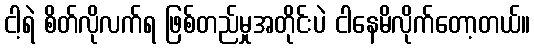
ငါ့ရဲ စိတ်လိုလက်ရ ဖြစ်တည်မှုအတိုင်းပဲ ငါနေမိလိုက်တော့တယ်။